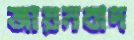
জায়নবাদ